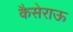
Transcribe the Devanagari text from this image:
कैसेराऊ